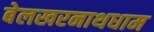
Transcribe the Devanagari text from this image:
बेलखरनाथधाम